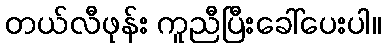
တယ်လီဖုန်း ကူညီပြီးခေါ်ပေးပါ။